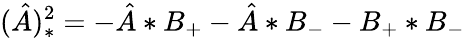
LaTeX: (\hat{A})_{*}^{2}=-\hat{A}*B_{+}-\hat{A}*B_{-}-B_{+}*B_{-}